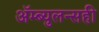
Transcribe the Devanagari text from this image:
ॲम्ब्युलन्सही